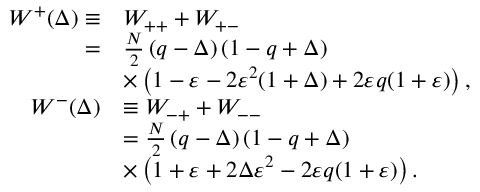
\begin{array} { r l } { W ^ { + } ( \Delta ) \equiv } & { W _ { + + } + W _ { + - } } \\ { = } & { \frac { N } { 2 } \left( q - \Delta \right) \left( 1 - q + \Delta \right) } \\ & { \times \left( 1 - \varepsilon - 2 \varepsilon ^ { 2 } ( 1 + \Delta ) + 2 \varepsilon q ( 1 + \varepsilon ) \right) , } \\ { W ^ { - } ( \Delta ) } & { \equiv W _ { - + } + W _ { -- } } \\ & { = \frac { N } { 2 } \left( q - \Delta \right) \left( 1 - q + \Delta \right) } \\ & { \times \left( 1 + \varepsilon + 2 \Delta \varepsilon ^ { 2 } - 2 \varepsilon q ( 1 + \varepsilon ) \right) . } \end{array}